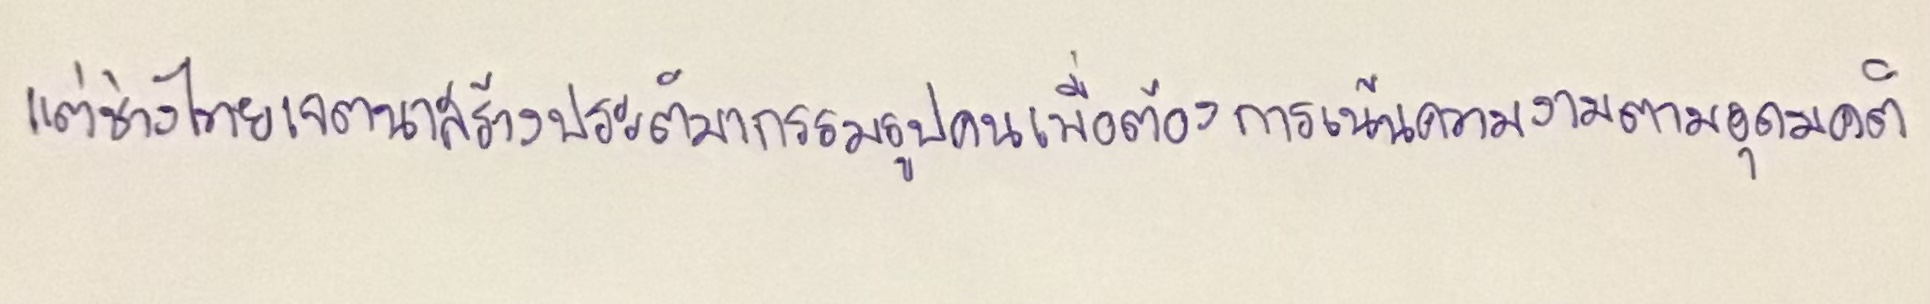
แต่ช่างไทยเจตนาสร้างประติมากรรมรูปคนเพื่อต้องการเน้นความงามตามอุดมคติ